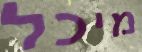
מיכל